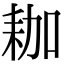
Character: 耞